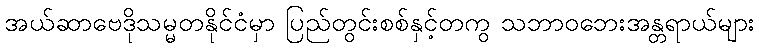
အယ်ဆာဗေဒိုသမ္မတနိုင်ငံမှာ ပြည်တွင်းစစ်နှင့်တကွ သဘာဝဘေးအန္တရာယ်များ